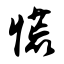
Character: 慌